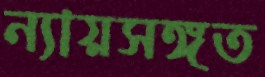
ন্যায়সঙ্গত